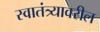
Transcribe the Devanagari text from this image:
स्वातंत्र्यावरील